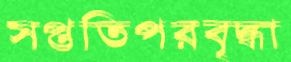
সপ্ততিপরবৃদ্ধা